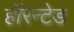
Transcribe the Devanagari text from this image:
हॉरन्टेड